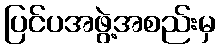
ပြင်ပအဖွဲ့အစည်းမှ